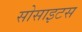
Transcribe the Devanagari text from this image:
सोसाइटस